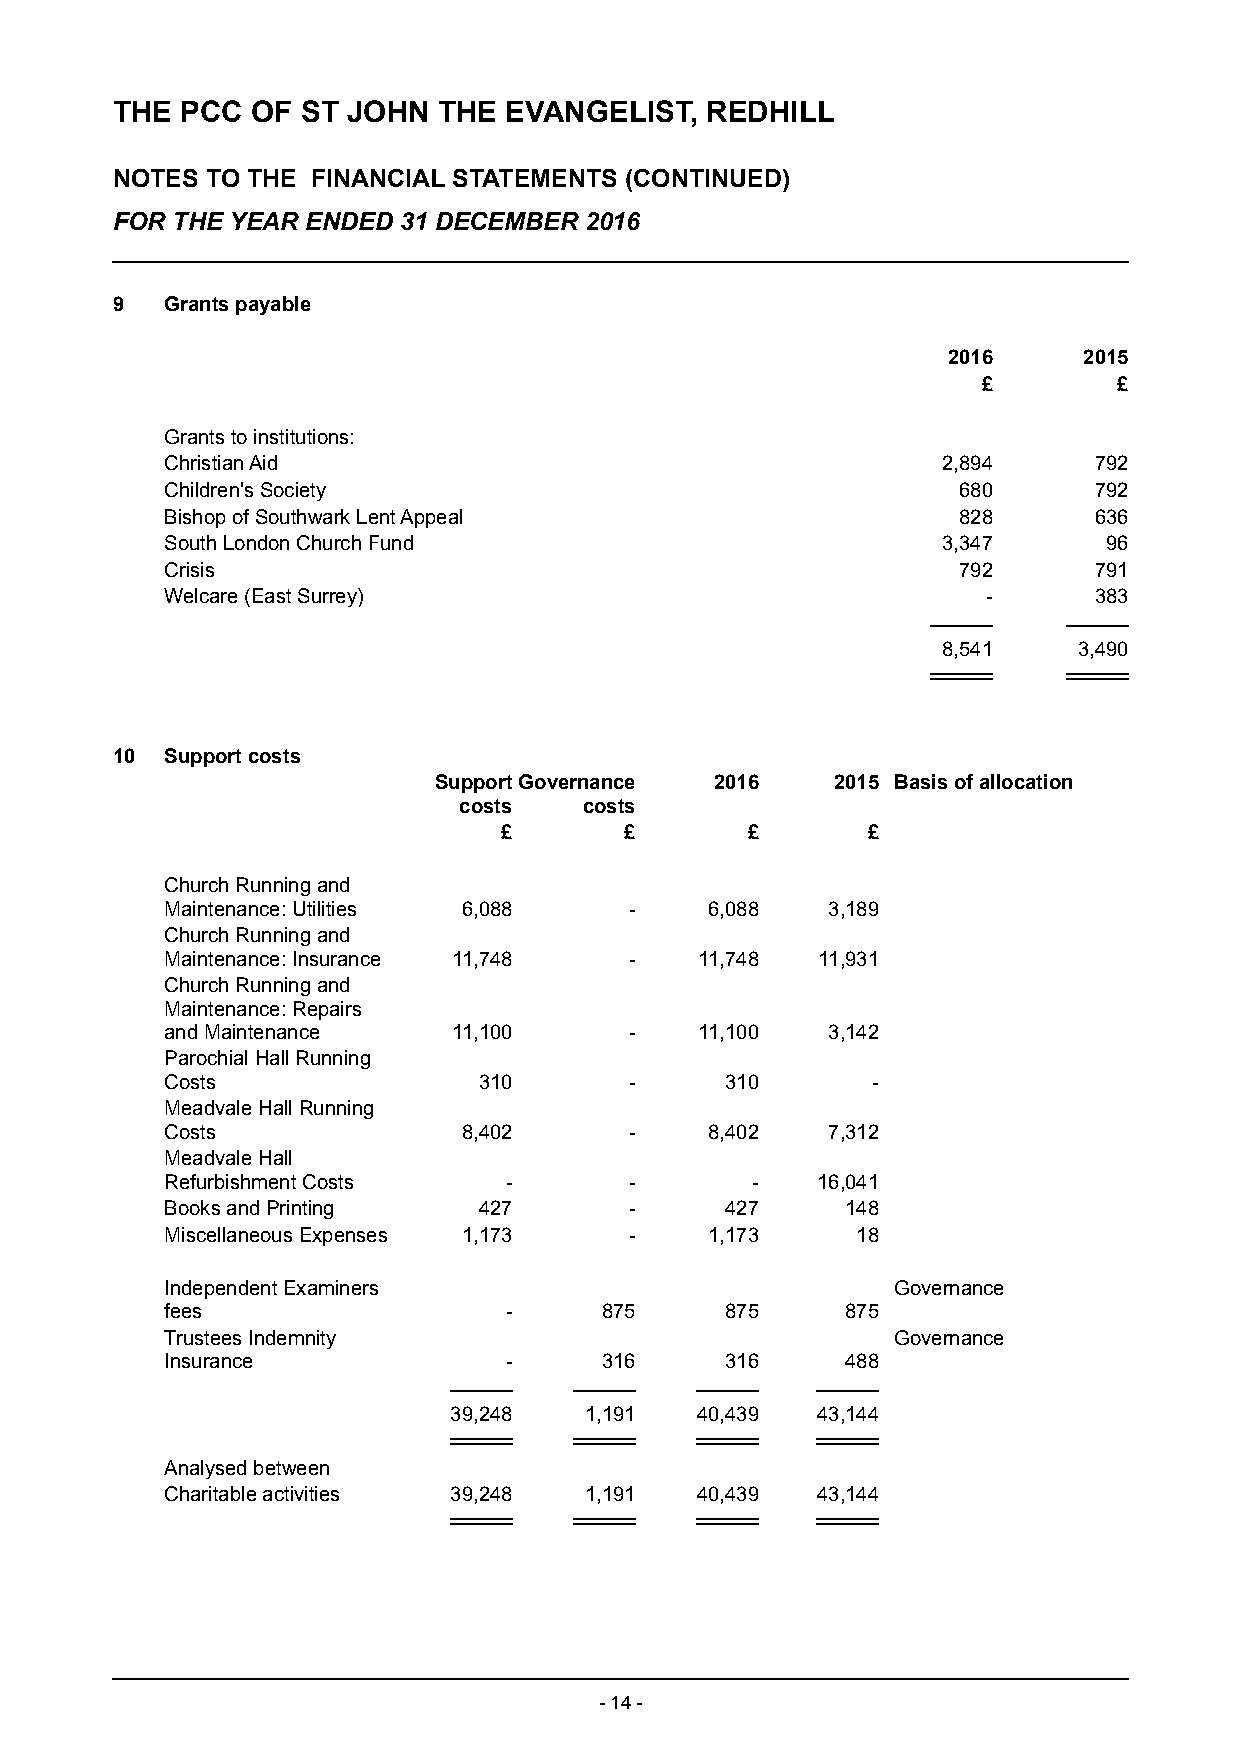
THE  PCC  OF ST JOHN  THE EVANGELIST,   REDHILL
 NOTES  TO THE FINANCIAL STATEMENTS (CONTINUED)
 FOR THE YEAR ENDED 31 DECEMBER  2016
 9   Grants payable
 2016     2015
 £        £
 Grants to institutions:
 Christian Aid                                      2,894     792
 Children's Society                                  680      792
 Bishop of Southwark Lent Appeal                     828      636
 South London Church Fund                           3,347      96
 Crisis                                              792      791
 Welcare (East Surrey)                                 -      383
 8,541    3,490
 10  Support costs
 Support Governance 2016   2015 Basis of allocation
 costs    costs
 £       £       £       £
 Church Running and
 Maintenance: Utilities 6,088   -    6,088   3,189
 Church Running and
 Maintenance: Insurance 11,748  -   11,748  11,931
 Church Running and
 Maintenance: Repairs
 and Maintenance    11,100      -   11,100   3,142
 Parochial Hall Running
 Costs                310       -     310       -
 Meadvale Hall Running
 Costs               8,402      -    8,402   7,312
 Meadvale Hall
 Refurbishment Costs   -        -       -   16,041
 Books and Printing   427       -     427     148
 Miscellaneous Expenses 1,173   -    1,173     18
 Independent Examiners                           Governance
 fees                  -      875     875     875
 Trustees Indemnity                              Governance
 Insurance             -      316     316     488
 39,248   1,191  40,439  43,144
 Analysed between
 Charitable activities 39,248 1,191 40,439  43,144
 - 14 -